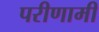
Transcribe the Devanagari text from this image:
परीणामी